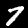
Label: 7